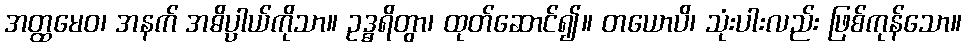
အတ္ထမေဝ၊ အနက် အဓိပ္ပာယ်ကိုသာ။ ဥဒ္ဓရိတွာ၊ ထုတ်ဆောင်၍။ တယောပိ၊ သုံးပါးလည်း ဖြစ်ကုန်သော။